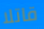
قاتلا